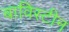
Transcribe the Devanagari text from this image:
बाविस्टीन